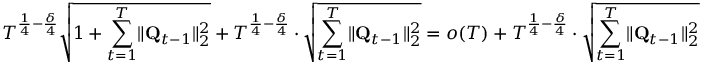
T ^ { \frac 1 4 - \frac \delta 4 } \sqrt { 1 + \sum _ { t = 1 } ^ { T } \lVert \mathbf Q _ { t - 1 } \rVert _ { 2 } ^ { 2 } } + T ^ { \frac 1 4 - \frac \delta 4 } \cdot \sqrt { \sum _ { t = 1 } ^ { T } \lVert \mathbf Q _ { t - 1 } \rVert _ { 2 } ^ { 2 } } = o ( T ) + T ^ { \frac 1 4 - \frac \delta 4 } \cdot \sqrt { \sum _ { t = 1 } ^ { T } \lVert \mathbf Q _ { t - 1 } \rVert _ { 2 } ^ { 2 } }